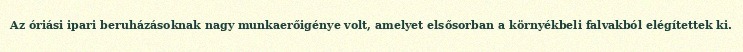
Az óriási ipari beruházásoknak nagy munkaerőigénye volt, amelyet elsősorban a környékbeli falvakból elégítettek ki.